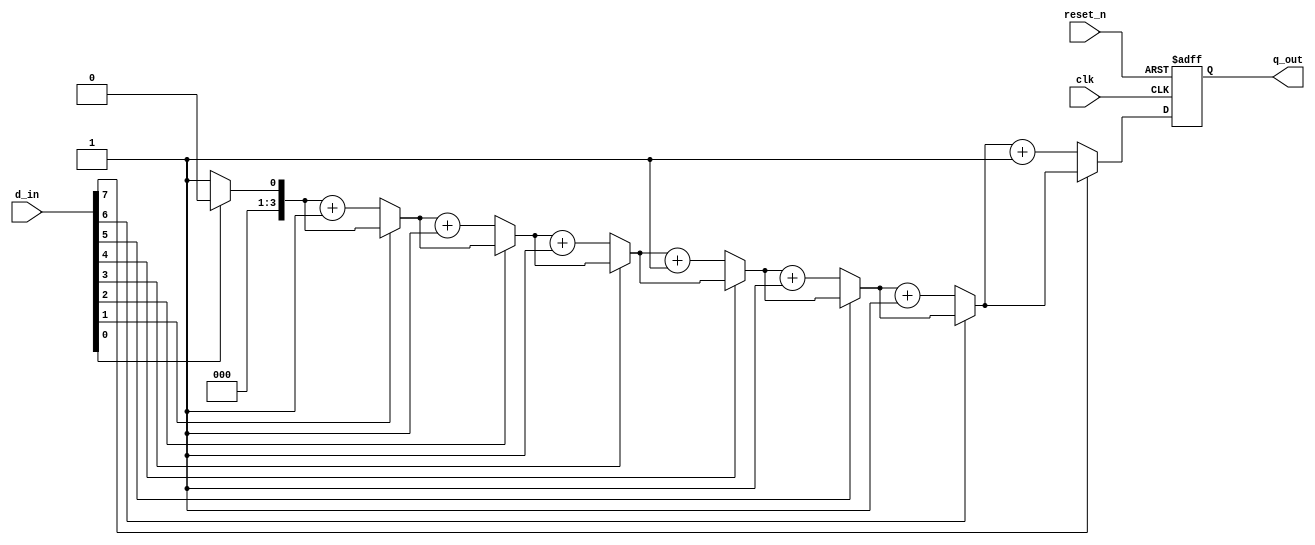
`timescale 1ns / 1ps
//////////////////////////////////////////////////////////////////////////////////
// Company: 
// Engineer: 
// 
// Design Name: 
// Module Name: lab61_No_0s
// Project Name: 
// Target Devices: 
// Tool Versions: 
// Description: 
// 
// Dependencies: 
// 
// Revision:
// Revision 0.01 - File Created
// Additional Comments:
// 
//////////////////////////////////////////////////////////////////////////////////

module lab61_No_0s(
                    input [7:0]d_in,
                    input clk, reset_n,
                    output reg [3:0]q_out
    );
    always @(posedge clk or negedge reset_n)
    begin
        if(!reset_n)
            begin
                q_out <= 4'b0;
            end
        else
            begin
                count_zero(d_in,q_out);
            end
    end

    task count_zero(input [7:0]data_in, output [3:0] result);
            integer i;
        begin
            result= 1'b0;
            for(i=0; i<8; i=i+1)
            begin
                if(data_in[i]==1'b0)
                    result= result + 1;
            end
        end
        endtask  
endmodule